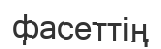
фасеттің